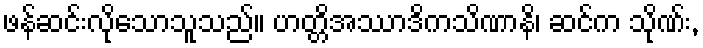
ဖန်ဆင်းလိုသောသူသည်။ ဟတ္တိအဿာဒိကသိဏာနိ၊ ဆင်က သိုဏ်း,